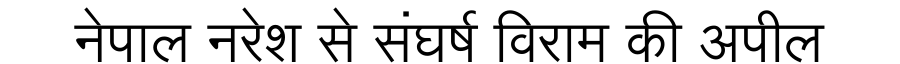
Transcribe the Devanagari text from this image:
नेपाल नरेश से संघर्ष विराम की अपील